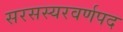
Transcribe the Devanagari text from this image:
सरसस्यरवर्णपद